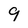
Character: 9